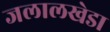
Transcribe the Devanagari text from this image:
जलालखेडा